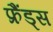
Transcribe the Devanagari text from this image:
फ्रैंड्स